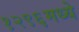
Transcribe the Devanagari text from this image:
१२९६मध्ये